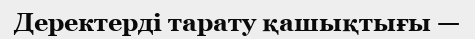
Деректерді тарату қашықтығы —